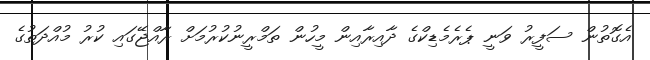
އެގޮތުން ސަފީރު ވަނީ ޕެރެމެޑިކްގެ ދާއިރާއިން މީހުން ތަމްރީނުކުރުމަށް ރާއްޖޭގައި ކުރު މުއްދަތުގެ